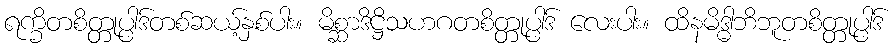
ရက္ခိတစိတ္တုပ္ပါဒ်တစ်ဆယ့်နှစ်ပါး။ မိစ္ဆာဒိဋ္ဌိသဟဂတစိတ္တုပ္ပါဒ် လေးပါး။ ထိနမိဒ္ဓါဘိဘူတစိတ္တုပ္ပါဒ်